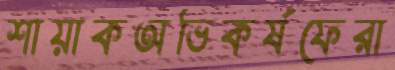
শায়াকঅভিকর্ষফেরা